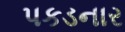
પકડનાર